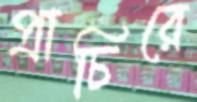
প্রাচিরে